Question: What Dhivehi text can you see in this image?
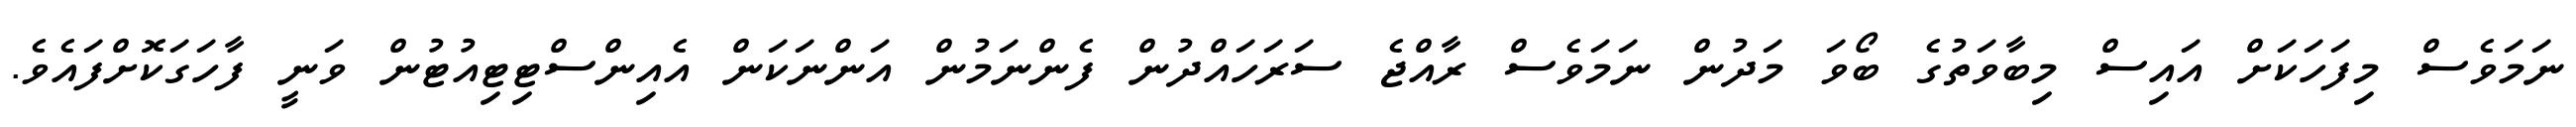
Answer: ނަމަވެސް މިފަހަކަށް އައިސް މިބާވަތުގެ ބޯވަ މަދުން ނަމަވެސް ރާއްޖެ ސަރަހައްދުން ފެންނަމުން އަންނަކަން އެއިންސްޓިޓިއުޓުން ވަނީ ފާހަގަކޮށްފައެވެ.